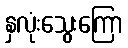
နှလုံးသွေးကြော